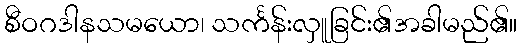
စီဝဂဒါနသမယော၊ သင်္ကန်းလှူခြင်း၏အခါမည်၏။